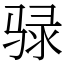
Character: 𫘧